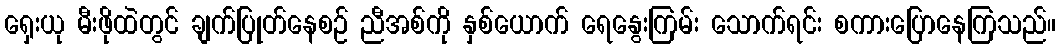
ရှေးယု မီးဖိုထဲတွင် ချက်ပြုတ်နေစဉ် ညီအစ်ကို နှစ်ယောက် ရေနွေးကြမ်း သောက်ရင်း စကားပြောနေကြသည်။